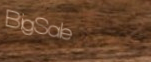
BigSale